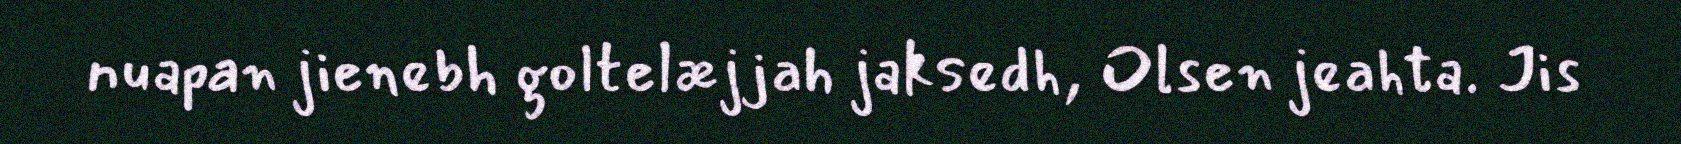
nuapan jienebh goltelæjjah jaksedh, Olsen jeahta. Jis